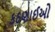
કઠણાઈઓ